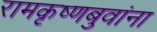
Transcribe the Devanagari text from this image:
रामकृष्णबुवांना